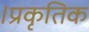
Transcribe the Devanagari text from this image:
।प्रकृतिक